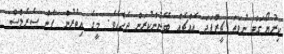
ކިރުޔޯގަޓް ނުވަތަ ޗީޒްފަދަ އެއްޗެއް ބޭނުންކުރަން ޖެހެއެވެ. މީގެ އިތުރުން ޕާން ސެރެލްސް